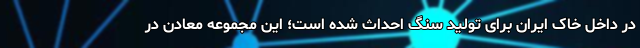
در داخل خاک ایران برای تولید سنگ احداث شده است؛ این مجموعه معادن در